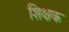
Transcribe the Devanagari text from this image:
शिक्षक